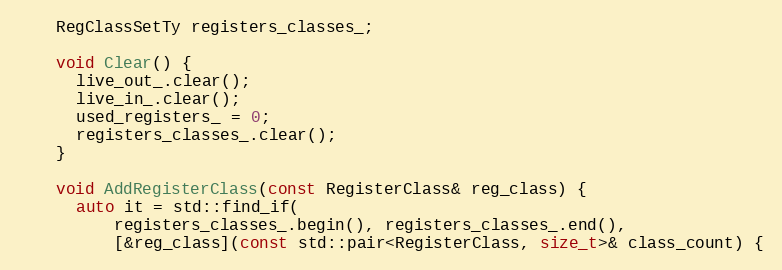
Language: C
    RegClassSetTy registers_classes_;

    void Clear() {
      live_out_.clear();
      live_in_.clear();
      used_registers_ = 0;
      registers_classes_.clear();
    }

    void AddRegisterClass(const RegisterClass& reg_class) {
      auto it = std::find_if(
          registers_classes_.begin(), registers_classes_.end(),
          [&reg_class](const std::pair<RegisterClass, size_t>& class_count) {